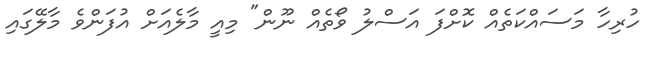
ހުރިހާ މަސައްކަތެއް ކޮށްފަ އަސްލު ވޯތެއް ނޫން" މިއީ މާލެއަށް އުފަންވެ މާލޭގައި